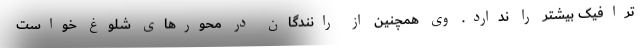
ترافیک بیشتر را ندارد. وی همچنین از رانندگان در محورهای شلوغ خواست